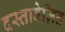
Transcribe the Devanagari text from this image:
दस्तावेज़ित